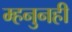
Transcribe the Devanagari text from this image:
म्हनुनही